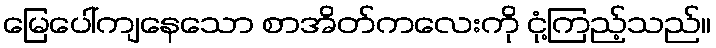
မြေပေါ်ကျနေသော စာအိတ်ကလေးကို ငုံ့ကြည့်သည်။